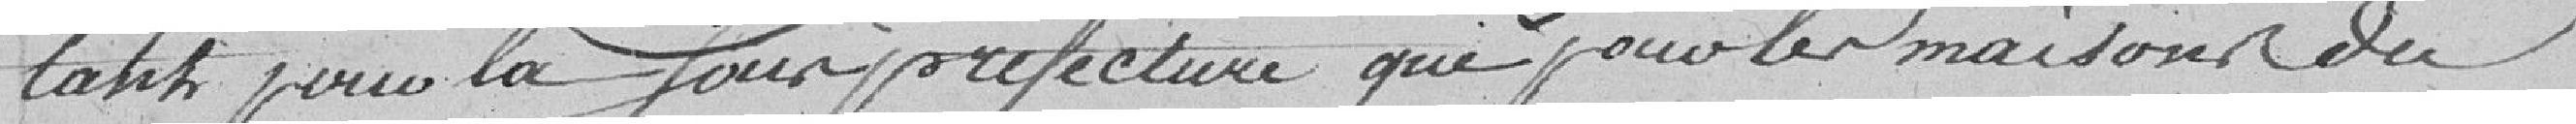
tant pour la sous-préfecture que pour les maisons du